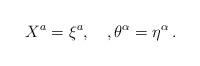
LaTeX: \begin{align*}X^a=\xi^a, \quad, \theta^\alpha=\eta^\alpha\,.\end{align*}